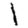
Digit: 1